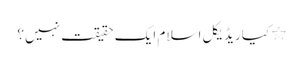
٭ کیا ریڈیکل اسلام ایک حقیقت نہیں؟